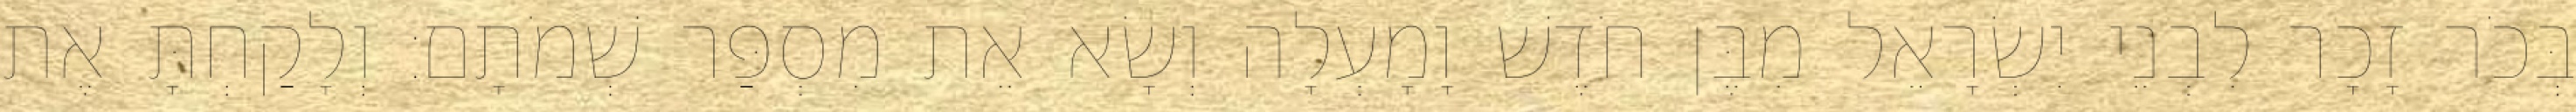
בְּכֹר זָכָר לִבְנֵי יִשְׂרָאֵל מִבֶּן חֹדֶשׁ וָמָעְלָה וְשָׂא אֵת מִסְפַּר שְׁמֹתָם׃ וְלָקַחְתָּ אֶת